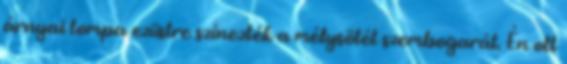
árnyai tompa ezüstre színezték a mélysötét szembogarát. Én ott